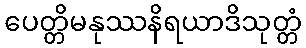
ပေတ္တိမနုဿနိရယာဒိသုတ္တံ